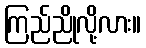
ကြည်ညိုလို့လား။